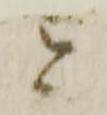
と